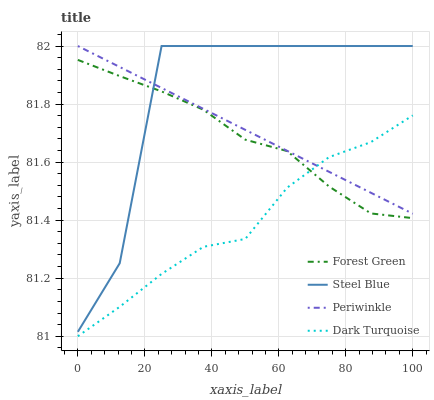
| xaxis_label | Forest Green | Steel Blue | Periwinkle | Dark Turquoise |
 | --- | --- | --- | --- | --- |
 | 0 | 82 | 81 | 82 | 81 |
 | 12.5 | 81.9 | 81.3 | 81.9 | 81.1 |
 | 25 | 81.8 | 82 | 81.9 | 81.2 |
 | 37.5 | 81.8 | 82 | 81.8 | 81.3 |
 | 50 | 81.7 | 82 | 81.7 | 81.3 |
 | 62.5 | 81.6 | 82 | 81.6 | 81.5 |
 | 75 | 81.5 | 82 | 81.6 | 81.6 |
 | 87.5 | 81.4 | 82 | 81.5 | 81.7 |
 | 100 | 81.4 | 82 | 81.4 | 81.8 |